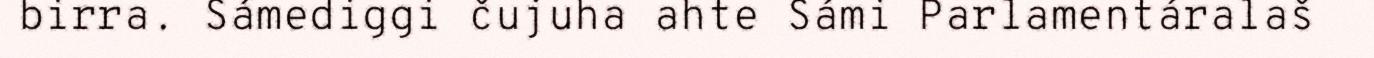
birra. Sámediggi čujuha ahte Sámi Parlamentáralaš